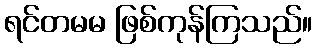
ရင်တမမ ဖြစ်ကုန်ကြသည်။